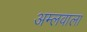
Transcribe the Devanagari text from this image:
अम्लवाला